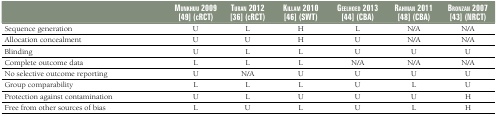
<table><thead><tr><td></td><td><b>Munkhuu 2009 [49] (cRCT)</b></td><td><b>Turan 2012 [36] (cRCT)</b></td><td><b>Killam 2010 [46] (SWT)</b></td><td><b>Geelhoed 2013 [44] (CBA)</b></td><td><b>Rahman 2011 [48] (CBA)</b></td><td><b>Bronzan 2007 [43] (NRCT)</b></td></tr></thead><tbody><tr><td>Sequence generation</td><td>U</td><td>L</td><td>H</td><td>L</td><td>N/A</td><td>N/A</td></tr><tr><td>Allocation concealment</td><td>U</td><td>U</td><td>H</td><td>U</td><td>N/A</td><td>N/A</td></tr><tr><td>Blinding</td><td>U</td><td>L</td><td>L</td><td>U</td><td>U</td><td>U</td></tr><tr><td>Complete outcome data</td><td>L</td><td>L</td><td>L</td><td>N/A</td><td>N/A</td><td>N/A</td></tr><tr><td>No selective outcome reporting</td><td>U</td><td>N/A</td><td>U</td><td>U</td><td>U</td><td>U</td></tr><tr><td>Group comparability</td><td>L</td><td>L</td><td>L</td><td>U</td><td>L</td><td>U</td></tr><tr><td>Protection against contamination</td><td>U</td><td>L</td><td>U</td><td>U</td><td>U</td><td>H</td></tr><tr><td>Free from other sources of bias</td><td>L</td><td>U</td><td>L</td><td>U</td><td>L</td><td>H</td></tr></tbody></table>